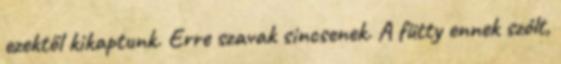
ezektől kikaptunk. Erre szavak sincsenek. A fütty ennek szólt,